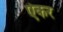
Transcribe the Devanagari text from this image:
ऐकर